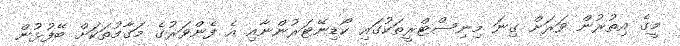
މީގެ އިތުރުން ވަރަށް ގިނަ މިނިސްޓްރީތަކުގައި ކޯޑިނޭޓަރުންނާއި އެ ފެންވަރުގެ މަގާމުތަކަށް ބޭފުޅުން